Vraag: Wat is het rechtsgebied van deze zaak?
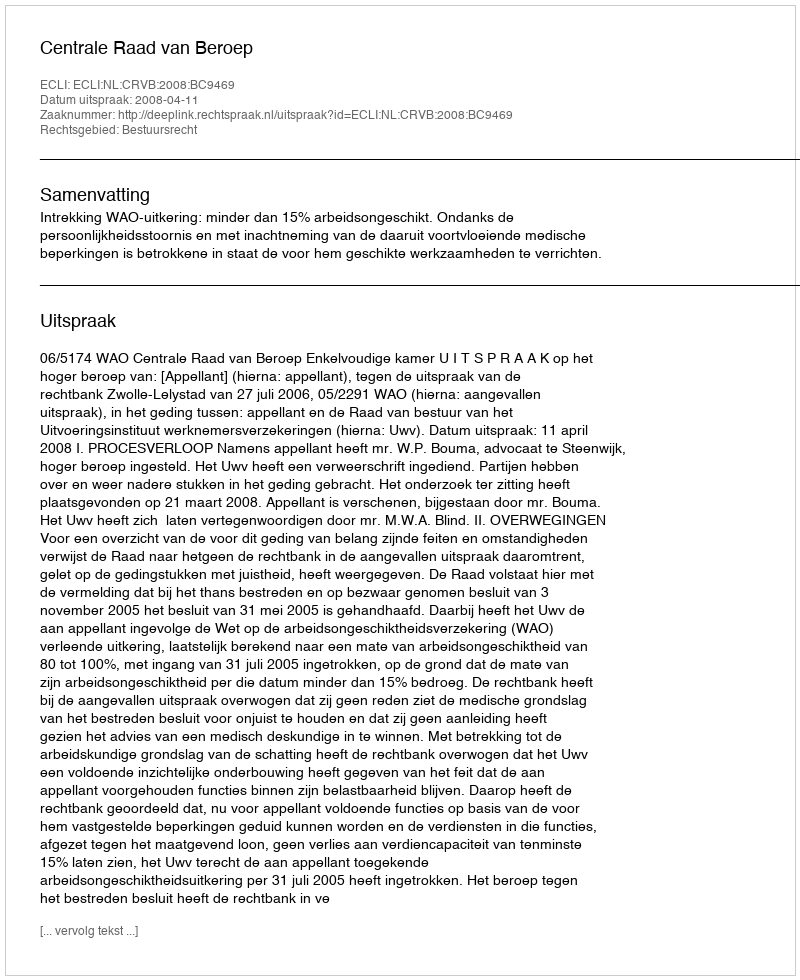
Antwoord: Bestuursrecht